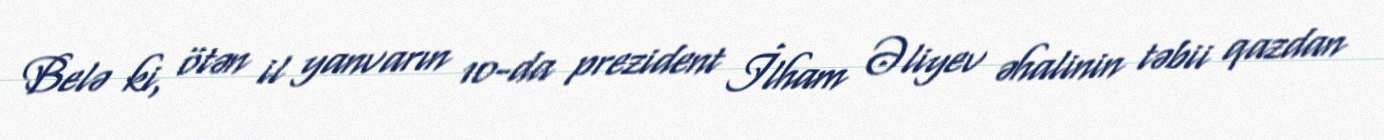
Belə ki, ötən il yanvarın 10-da prezident İlham Əliyev əhalinin təbii qazdan